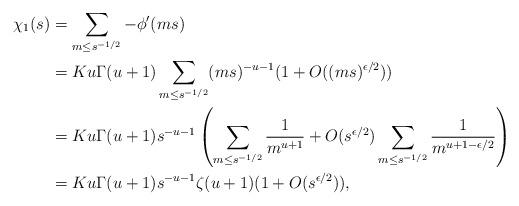
LaTeX: \begin{align*} \chi_1(s) & = \sum_{m \leq s^{-1/2}} -\phi'(ms)\\&= Ku\Gamma(u+1) \sum_{m \leq s^{-1/2}} (ms)^{-u-1} (1+O((ms)^{\epsilon/2}))\\& = Ku\Gamma(u+1) s^{-u-1} \left( \sum_{m \leq s^{-1/2}} \frac{1}{m^{u+1}} + O(s^{\epsilon/2}) \sum_{m \leq s^{-1/2}} \frac{1}{m^{u+1 - \epsilon/2}}\right)\\& = Ku\Gamma(u+1) s^{-u-1} \zeta(u+1)(1+O(s^{\epsilon/2})),\end{align*}